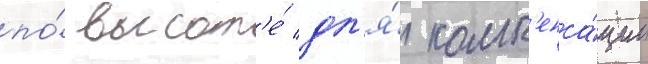
по́ высот'е́ дл'я́ комп'енса́ции